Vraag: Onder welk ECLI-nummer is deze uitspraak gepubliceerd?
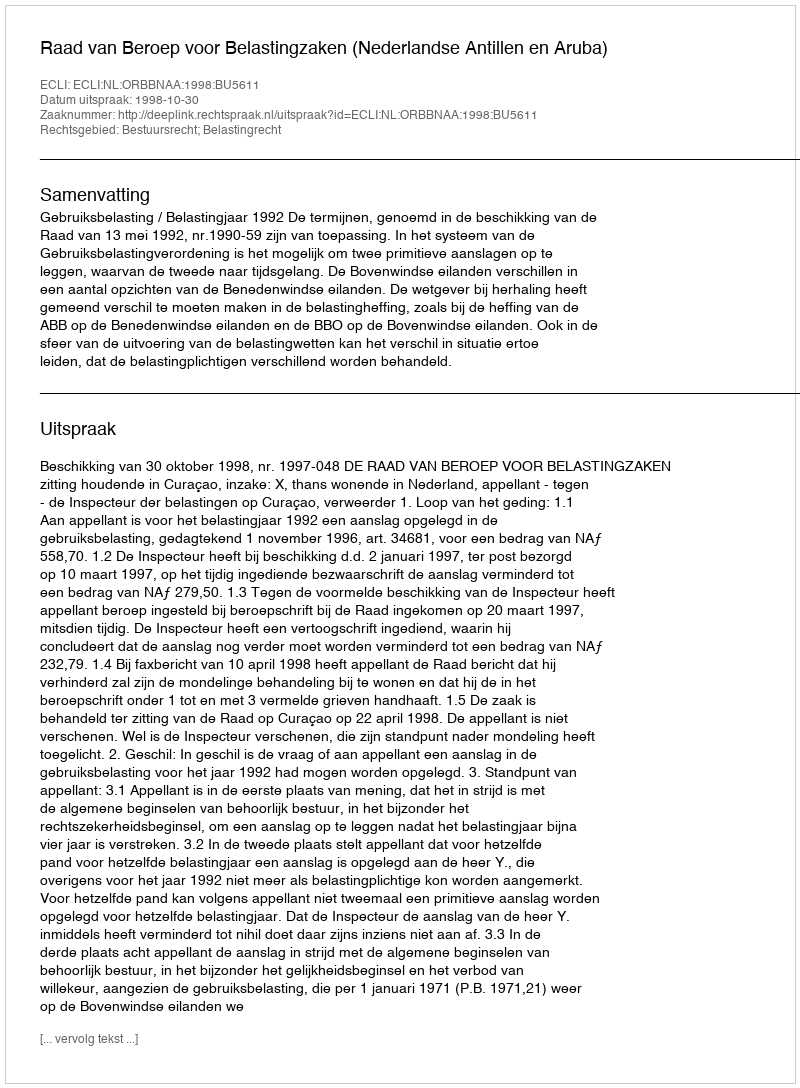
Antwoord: ECLI:NL:ORBBNAA:1998:BU5611